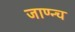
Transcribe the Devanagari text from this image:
जाण्न्च